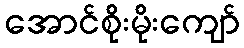
အောင်စိုးမိုးကျော်